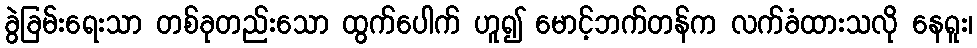
ခွဲခြမ်းရေးသာ တစ်ခုတည်းသော ထွက်ပေါက် ဟူ၍ မောင့်ဘက်တန်က လက်ခံထားသလို နေရူး၊